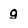
Character: g